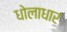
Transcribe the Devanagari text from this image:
धोलाधार